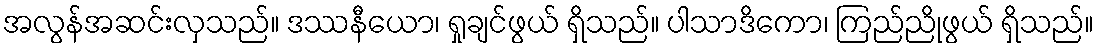
အလွန်အဆင်းလှသည်။ ဒဿနီယော၊ ရှုချင်ဖွယ် ရှိသည်။ ပါသာဒိကော၊ ကြည်ညိုဖွယ် ရှိသည်။